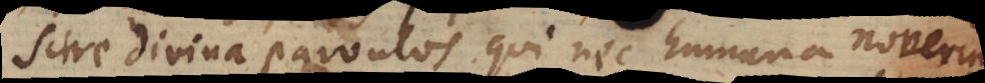
scire divina parvulos qui nec humana noverint